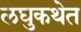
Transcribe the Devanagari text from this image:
लघुकथेत